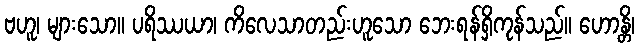
ဗဟူ၊ များသော။ ပရိဿယာ၊ ကိလေသာတည်းဟူသော ဘေးရန်ရှိကုန်သည်။ ဟောန္တိ၊